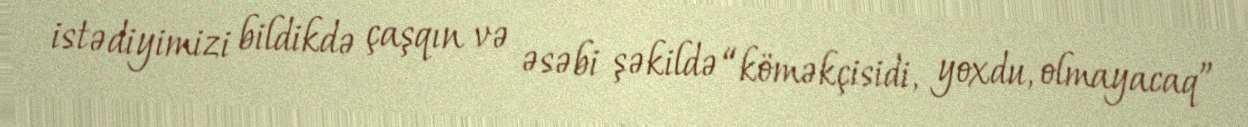
istədiyimizi bildikdə çaşqın və əsəbi şəkildə “köməkçisidi, yoxdu, olmayacaq”